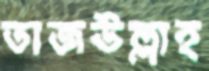
তাজউল্লাহ